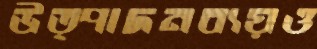
উত্পাদনব্যয়ও